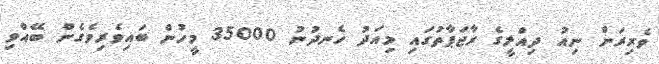
ވެރިރަށް ނިއު ދިއްލީގެ ރާޖަޕާތުގައި މިއަދު ހެނދުނު 35000 މީހުން ބައިވެރިވެގެން ބޭއްވި